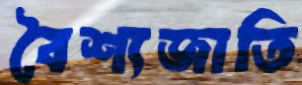
বৈশ্যজাতি